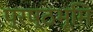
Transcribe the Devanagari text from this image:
प्रष्ठभूमि